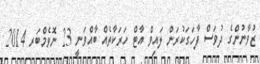
ޒުވާނުންގެ ދުވަސް ފާހަގަކުރަން ލައިވް އާޓް ހަރަކާތެއް ބާއްވަނީ 23 ނޮވެމްބަރ 2014